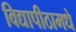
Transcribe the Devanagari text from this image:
विद्यापीठामधे